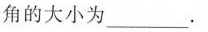
角的大小为___.